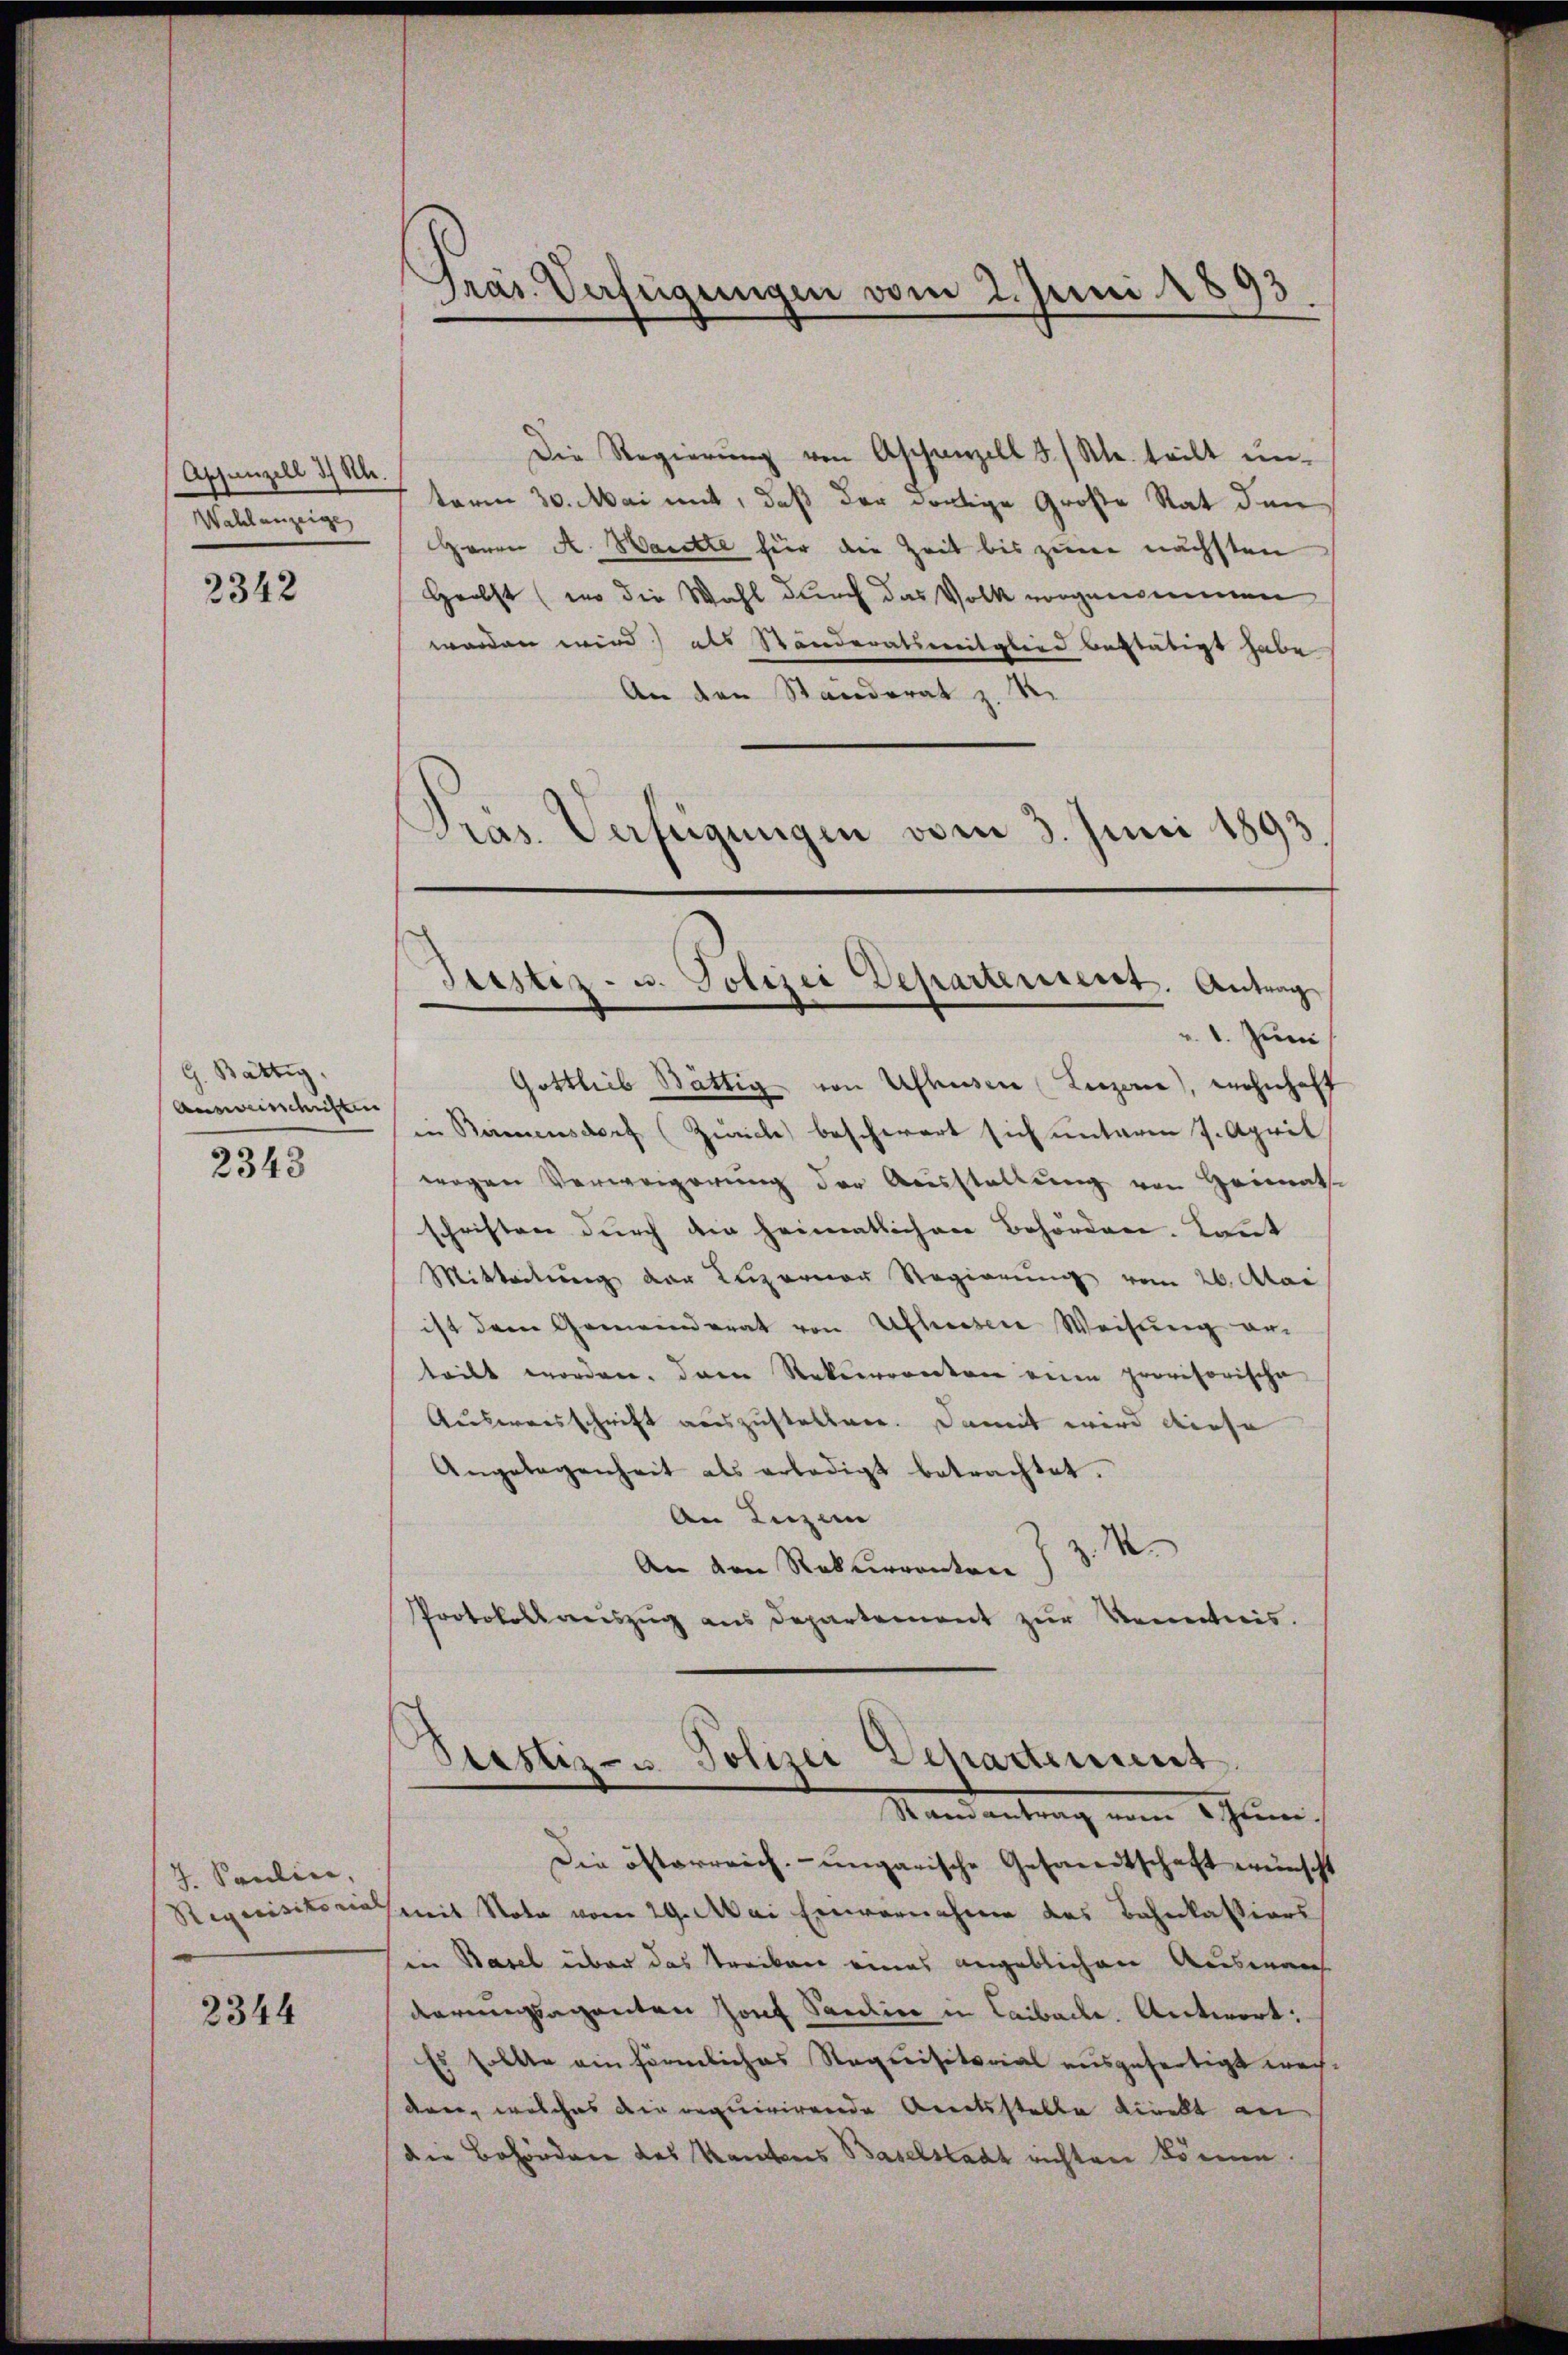
Appenzell 3) Sch.
Wahlanzeige

2342

G. Bättig
Ausweisschriften
2343

7. Paulin,
2344

Präs. Verfügungen vom 2. Juni 1893

Die Regierung von Aschanzell I/Rh. teilt unterm 30. Mai mit, daß der dortige Große Rat den
Herrn A. Warette für die Zeit bis zum nächsten
Herbst (wo die Wahl durch das Volk vorgenommen
worden wird) als Ständeratsweitglied bestätigt habe
An den Standerat z. R.
Präs. Verfügungen vom 3. Juni 1893

Justiz- u. Polizei Departement. Antrag
.Juni

Gottlieb Bättig von Ushusen (Luzerne), wohnhaft
in Beimensdorf (Zürich beschwert sich unterm 7. April
wegen Verweigerŭng der Ausstellung von Heimathe
schriften durch die heimatlichen Behörden. Kant
Mitteilung der Luzerner Regierung vom 26. Atai
ist dem Gemeinderat von Ufhessen Weisung er-
teilt worden. Dann Rekurrenten eine provisorische
Ausweisschrift auszustellen. Damit wird diese
Angelegenheit als erledigt betrachtet.
An Luzern
An den Rekurrenten J. J. R.
Protokollauszug aus Departement zur Kenntnis.

Strastiz- u Polizei Departement
Mandantrag von 6 Juni

Die österreich-ungarische Gesandtschaft wünscht
Requisitorio mit Nota vom 29. Mai Einvernahme des Bahnkassions
in Basel über das Treiben eines angeblichen Auswan
darungsaganten Josef Pauline in Laibache Antwort:
Es sollte ein förmliches Requisitarial ausgefertigt werden, welches die requirirende Areitsstelle direkt an
die Behördere des Kantons Baselstadt richten können.